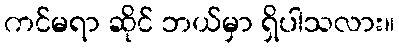
ကင်မရာ ဆိုင် ဘယ်မှာ ရှိပါသလား။